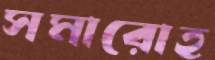
সমারোহ